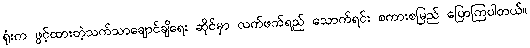
ရုံးက ဖွင့်ထားတဲ့သက်သာချောင်ချိရေး ဆိုင်မှာ လက်ဖက်ရည် သောက်ရင်း စကားစမြည် ပြောကြပါတယ်။